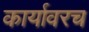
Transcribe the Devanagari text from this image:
कार्यावरच